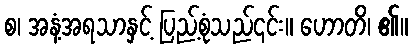
စ၊ အနံ့အရသာနှင့် ပြည့်စုံသည်၎င်း။ ဟောတိ၊ ၏။